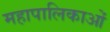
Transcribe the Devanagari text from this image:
महापालिकाओं